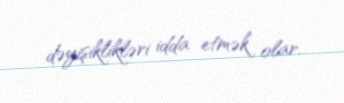
dəyişiklikləri idda etmək olar.